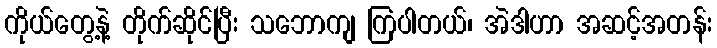
ကိုယ်တွေ့နဲ့ တိုက်ဆိုင်ပြီး သဘောကျ ကြပါတယ်၊ အဲဒါဟာ အဆင့်အတန်း